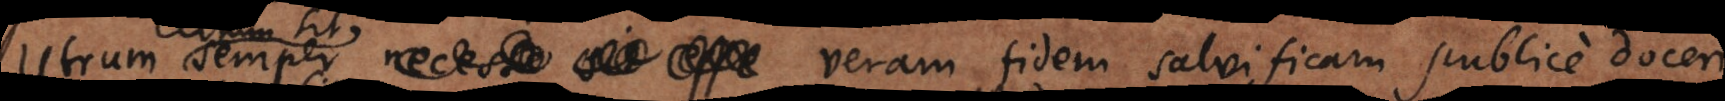
sit semper veram fidem salvificam publice doceri.